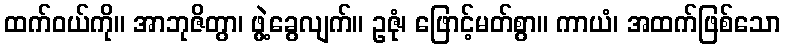
ထက်ဝယ်ကို။ အာဘုဇိတွာ၊ ဖွဲ့ခွေလျက်။ ဥဇုံ၊ ဖြောင့်မတ်စွာ။ ကာယံ၊ အထက်ဖြစ်သော